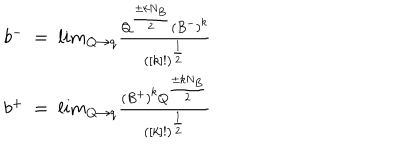
\begin{array} { c } { { b ^ { - } ~ = ~ l i m _ { Q \to q } { \frac { Q ^ { \frac { \pm k N _ { B } } { 2 } } { ( B ^ { - } ) } ^ { k } } { ( [ k ] ! ) ^ { \frac { 1 } { 2 } } } } } } \\ { { b ^ { + } ~ = ~ l i m _ { Q \to q } { { \frac { { ( B ^ { + } ) } ^ { k } Q ^ { { \frac { \pm k N _ { B } } { 2 } } } } { ( [ k ] ! ) ^ { \frac { 1 } { 2 } } } } } } } \\ \end{array}